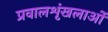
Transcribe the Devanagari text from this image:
प्रवालशृंखलाओं